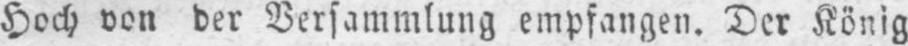
Hoch von der Versammlung empfangen. Der König